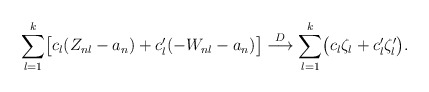
\begin{align*} \sum_{l=1}^k\bigl[c_l (Z_{nl} - a_n) +c'_l (-W_{nl} - a_n) \bigr]\stackrel {D} \longrightarrow \sum_{l=1}^k\bigl(c_l \zeta_l + c'_l\zeta'_l \bigr) .\end{align*}